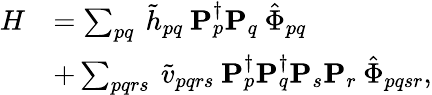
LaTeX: \begin{array}{rl}{H}&{=\sum_{pq}\: \tilde{h}_{pq}\: \mathbf{P}_{p}^{\dagger}\mathbf{P}_{q}\: \hat{\Phi}_{pq}}\\ &{+\sum_{pqrs}\: \tilde{v}_{pqrs}\: \mathbf{P}_{p}^{\dagger}\mathbf{P}_{q}^{\dagger}\mathbf{P}_{s}\mathbf{P}_{r}\: \hat{\Phi}_{pqsr},}\end{array}